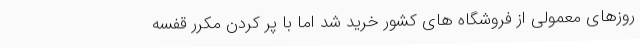
روزهای معمولی از فروشگاه های کشور خرید شد اما با پر کردن مکرر قفسه